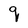
Character: q